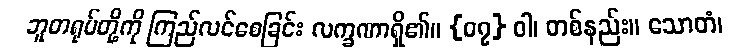
ဘူတရုပ်တို့ကို ကြည်လင်စေခြင်း လက္ခဏာရှိ၏။ {၀၇} ဝါ၊ တစ်နည်း။ သောတံ၊